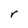
Character: r